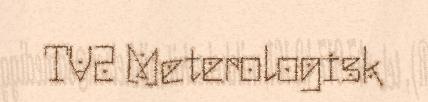
TV2 Meterologisk